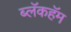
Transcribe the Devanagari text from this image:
ब्लॅकहॅम